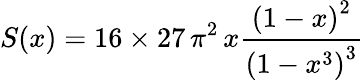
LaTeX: S(x)=16\times 27\, \pi^{2}\, x\frac{\left(1-x\right)^{2}}{\left(1-x^{3}\right)^{3}}